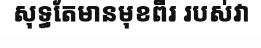
សុទ្ធតែមានមុខពីរ របស់វា